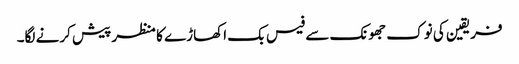
فریقین کی نوک جھونک سے فیس بک اکھاڑے کا منظر پیش کرنے لگا۔